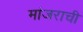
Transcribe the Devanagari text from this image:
मांजराची